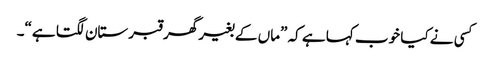
کسی نے کیا خوب کہا ہے کہ ”ماں کے بغیر گھر قبرستان لگتا ہے“۔